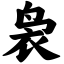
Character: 袅